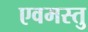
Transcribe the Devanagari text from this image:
एवमस्तु